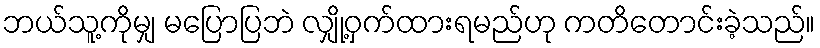
ဘယ်သူ့ကိုမျှ မပြောပြဘဲ လျှို့ဝှက်ထားရမည်ဟု ကတိတောင်းခဲ့သည်။